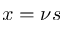
x = \nu s